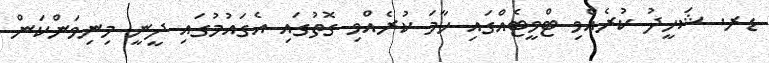
ޑރ. ޝަހީދު ކުރެއްވި ޓްވީޓެއްގައި ހާމަ ކުރެއްވި ގޮތުގައި އެގައުމުގައި ދީނީ މިނިވަންކަން